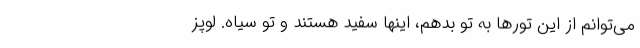
می‌توانم از این تورها به تو بدهم، اینها سفید هستند و تو سیاه. لوپز